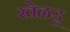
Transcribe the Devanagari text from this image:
खेळडू